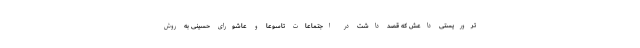
تروریستی داعش که قصد داشت در اجتماعات تاسوعا و عاشورای حسینی به روش